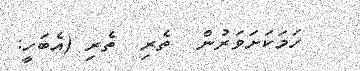
ހަމަކަށަވަރުން  ތެރި  ތެރި (އެބަހީ: